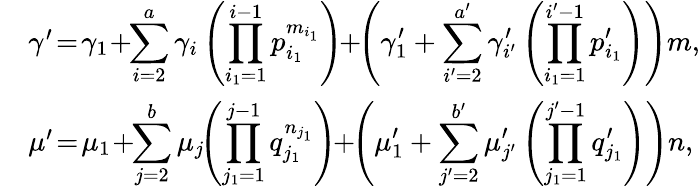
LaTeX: \begin{array}{rl}&{\gamma^{\prime}\! =\! \gamma_{1}\! +\! \! \displaystyle\sum_{i=2}^{a}\gamma_{i}\left(\prod_{i_{1}=1}^{i-1}p_{i_{1}}^{m_{i_{1}}}\right)\! \! +\! \! \left(\gamma_{1}^{\prime}+\sum_{i^{\prime}=2}^{a^{\prime}}\gamma_{i^{\prime}}^{\prime}\left(\prod_{i_{1}=1}^{i^{\prime}-1}p_{i_{1}}^{\prime}\right)\right)m,}\\ &{\mu^{\prime}\! =\! \mu_{1}\! +\! \! \displaystyle\sum_{j=2}^{b}\mu_{j}\! \! \left(\prod_{j_{1}=1}^{j-1}q_{j_{1}}^{n_{j_{1}}}\right)\! \! +\! \! \left(\mu_{1}^{\prime}+\sum_{j^{\prime}=2}^{b^{\prime}}\mu_{j^{\prime}}^{\prime}\left(\prod_{j_{1}=1}^{j^{\prime}-1}q_{j_{1}}^{\prime}\right)\right)n,}\end{array}